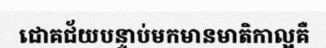
ជោគជ័យបន្ទាប់មកមានមាតិកាល្អគឺ